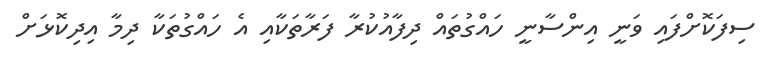
ސިފަކޮށްފައި ވަނީ އިންސާނީ ހައްގުތައް ދިފާއުކުރާ ފަރާތަކާއި އެ ހައްގުތަކާ ދިމާ އިދިކޮޅަށް